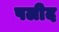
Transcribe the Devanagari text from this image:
पलीद